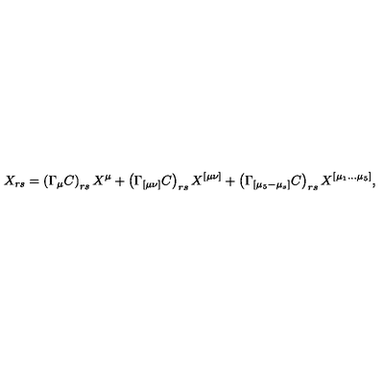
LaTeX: X _ { r s } = \left( \Gamma _ { \mu } C \right) _ { r s } X ^ { \mu } + \left( \Gamma _ { [ \mu \nu ] } C \right) _ { r s } X ^ { [ \mu \nu ] } + \left( \Gamma _ { [ \mu _ { 5 } - \mu _ { s } ] } C \right) _ { r s } X ^ { [ \mu _ { 1 } \ldots \mu _ { 5 } ] } ,